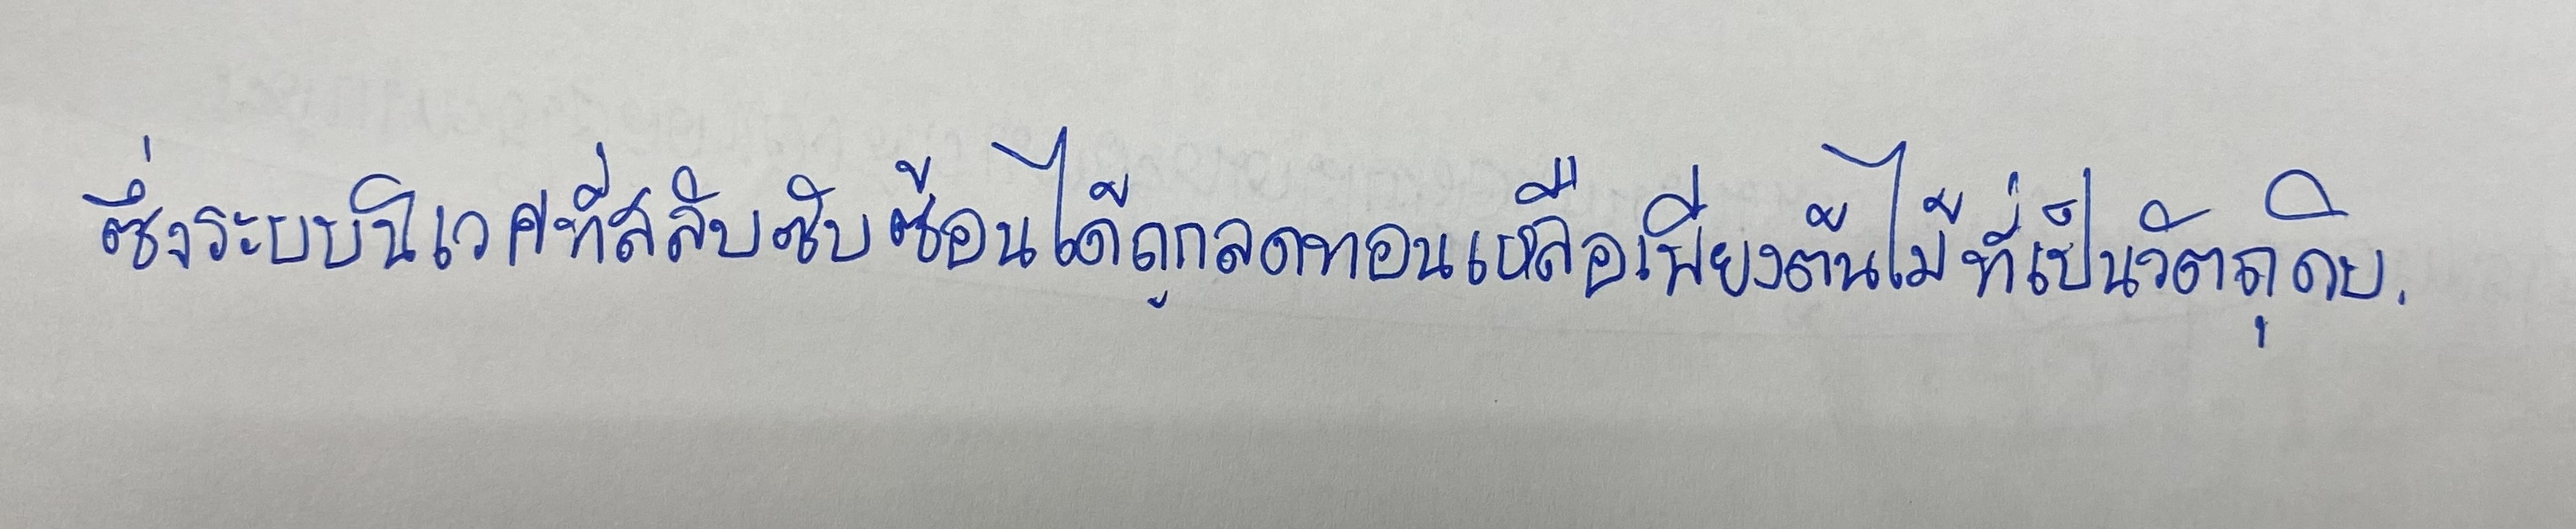
ซึ่งระบบนิเวศที่สลับซับซ้อนได้ถูกลดทอนเหลือเพียงต้นไม้ที่เป็นวัตถุดิบ